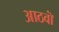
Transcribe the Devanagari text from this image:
आठवॉं